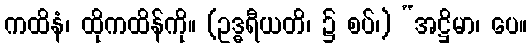
ကထိနံ၊ ထိုကထိန်ကို။ (ဥဒ္ဓရီယတိ၊ ၌ စပ်၊) “အဋ္ဌိမာ၊ ပေ။